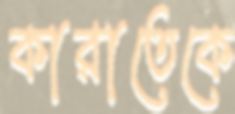
কারাতেকে